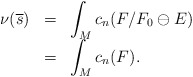
\begin{align*}\begin{array}{lll}\nu(\overline{s})&=&\displaystyle\int_M c_n(F/F_0\ominus E)\\ &=&\displaystyle\int_M c_n(F).\end{array}\end{align*}